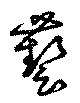
藝